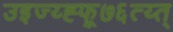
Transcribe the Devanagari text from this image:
उइज्य्ह्फ्र्७६त्य्त्